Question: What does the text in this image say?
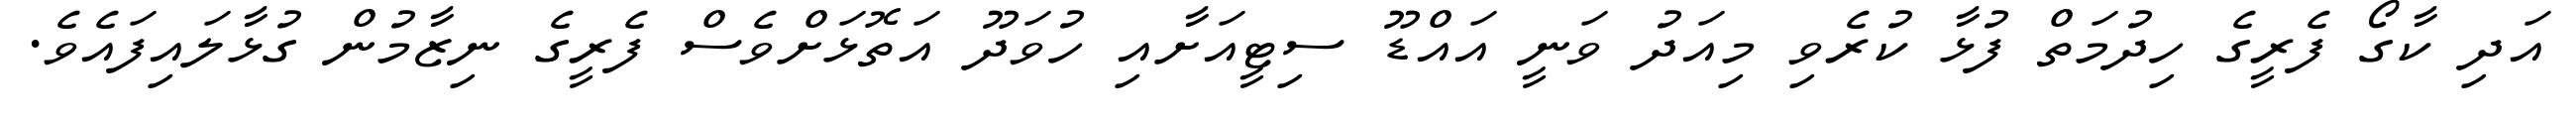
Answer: އަދި ކާގޯ ފެރީގެ ހިދުމަތް ފުޅާ ކުރެވި މިއަދު ވަނީ އައްޑޫ ސިޓީއަށާއި ހުވަދޫ އަތޮޅަށްވެސް ފެރީގެ ނިޒާމުން ގުޅާލައިފައެވެ.